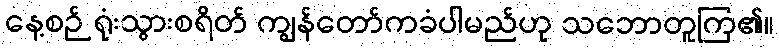
နေ့စဉ် ရုံးသွားစရိတ် ကျွန်တော်ကခံပါမည်ဟု သဘောတူကြ၏။